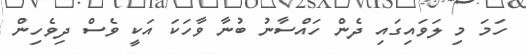
ހަމަ މި ލަވައިގައި ދެން ހައްސާނު ބުނާ ވާހަކަ އަކީ ވެސް ދިވެހިން